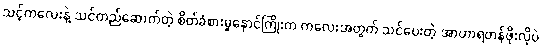
သင့်ကလေးနဲ့ သင်တည်ဆောက်တဲ့ စိတ်ခံစားမှုနှောင်ကြိုးက ကလေးအတွက် သင်ပေးတဲ့ အာဟာရတန်ဖိုးလိုပဲ